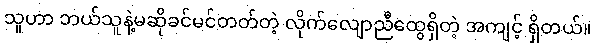
သူဟာ ဘယ်သူနဲ့မဆိုခင်မင်တတ်တဲ့ လိုက်လျောညီထွေရှိတဲ့ အကျင့် ရှိတယ်။